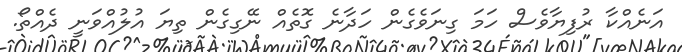
އަނެއްކާ ރުފިޔާވެސް ހަމަ ގިނަވެގެން ހަދާނެ ގޮތެއް ނޭގިގެން ތިޔަ އުލުއްވަނީ ދެއްތޯ.